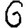
Digit: 6